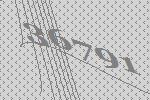
36791